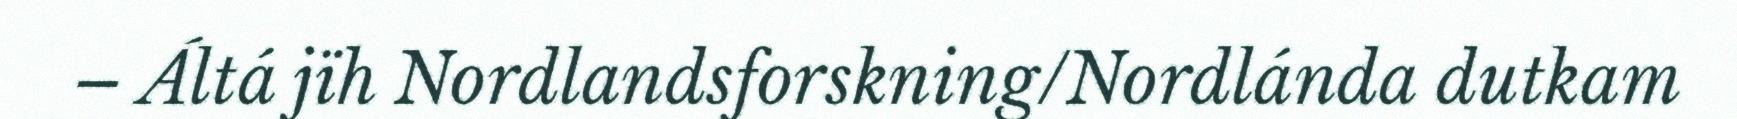
– Áltá jïh Nordlandsforskning/Nordlánda dutkam